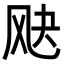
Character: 𬱷